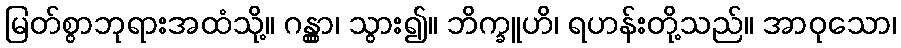
မြတ်စွာဘုရားအထံသို့။ ဂန္တွာ၊ သွား၍။ ဘိက္ခူဟိ၊ ရဟန်းတို့သည်။ အာဝုသော၊